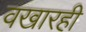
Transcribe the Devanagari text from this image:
वखारही